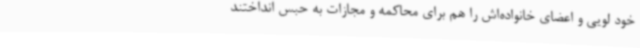
خود لویی و اعضای خانواده‌اش را هم برای محاکمه و مجازات به حبس انداختند